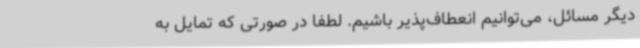
دیگر مسائل، می‌توانیم انعطاف‌پذیر باشیم. لطفا در صورتی که تمایل به